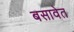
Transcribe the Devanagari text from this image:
बसावेत